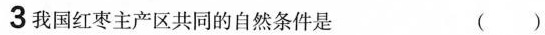
3我国红枣主产区共同的自然条件是()